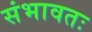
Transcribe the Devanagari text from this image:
संभावतः